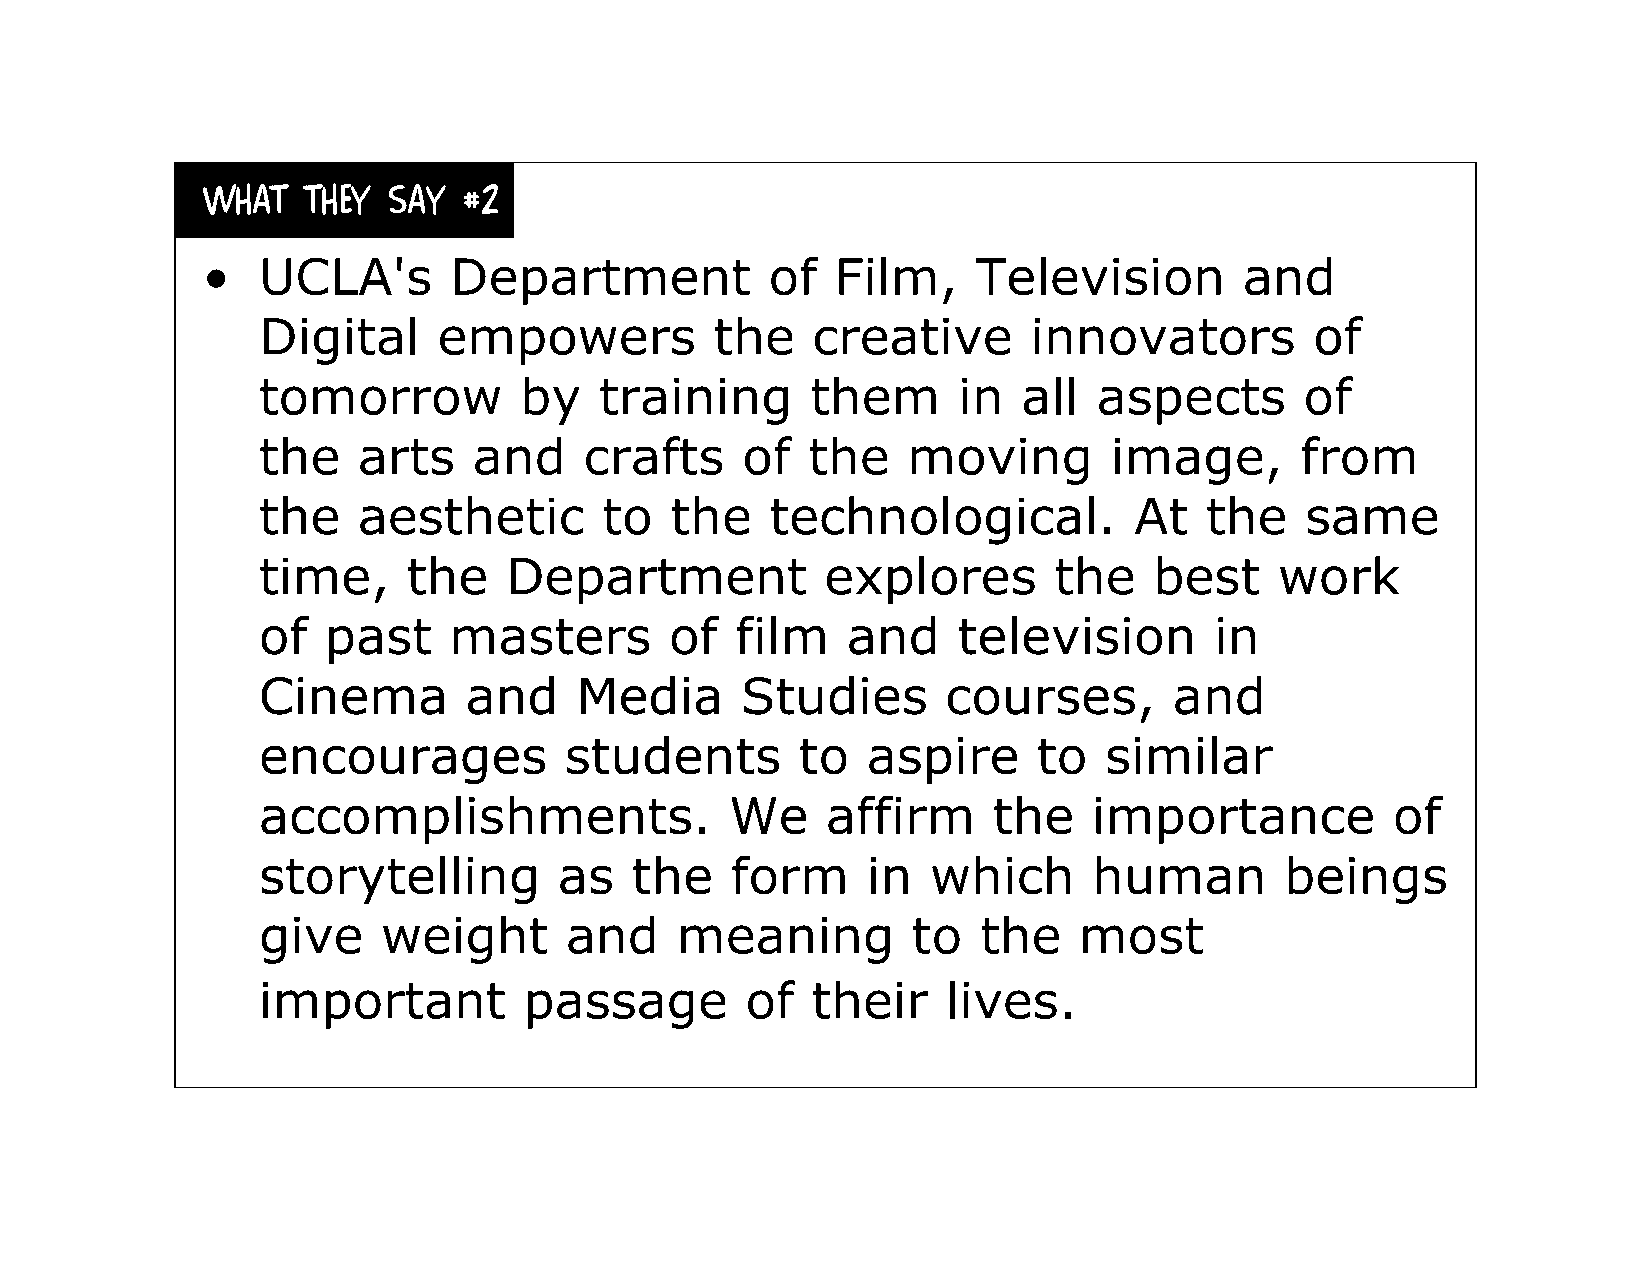
What   they  say  #2
 •   UCLA's       Department           of  Film,     Television       and
 Digital     empowers          the    creative      innovators         of
 tomorrow         by    training      them     in   all  aspects      of
 the    arts   and     crafts    of  the    moving       image,       from
 the    aesthetic       to  the    technological.          At   the   same
 time,     the   Department            explores       the   best     work
 of  past     masters       of   film   and    television       in
 Cinema        and    Media      Studies       courses,       and
 encourages          students        to  aspire      to  similar
 accomplishments.               We     affirm     the   importance          of
 storytelling        as   the   form     in   which     human        beings
 give    weight      and     meaning        to   the   most
 important         passage       of   their    lives.